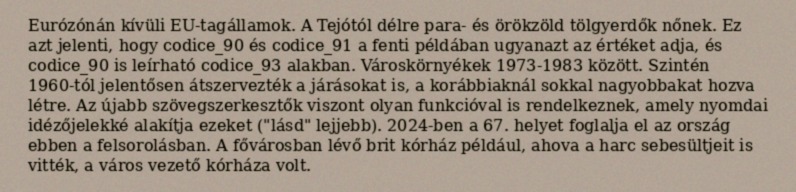
Eurózónán kívüli EU-tagállamok. A Tejótól délre para- és örökzöld tölgyerdők nőnek. Ez azt jelenti, hogy codice_90 és codice_91 a fenti példában ugyanazt az értéket adja, és codice_90 is leírható codice_93 alakban. Városkörnyékek 1973‑1983 között. Szintén 1960-tól jelentősen átszervezték a járásokat is, a korábbiaknál sokkal nagyobbakat hozva létre. Az újabb szövegszerkesztők viszont olyan funkcióval is rendelkeznek, amely nyomdai idézőjelekké alakítja ezeket ("lásd" lejjebb). 2024-ben a 67. helyet foglalja el az ország ebben a felsorolásban. A fővárosban lévő brit kórház például, ahova a harc sebesültjeit is vitték, a város vezető kórháza volt.